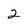
Character: 2